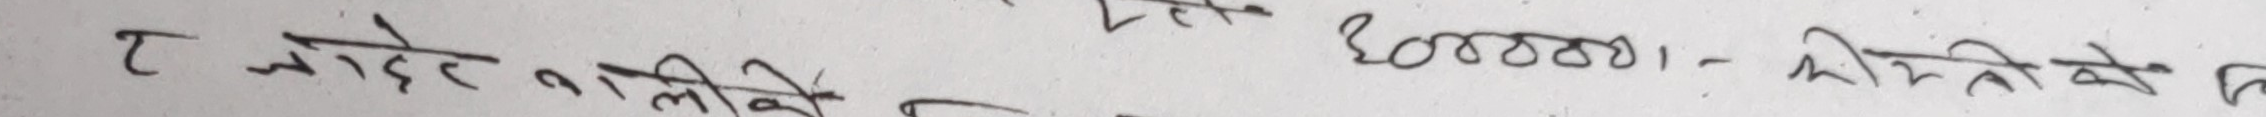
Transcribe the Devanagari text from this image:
२ जोड्रे नालीको टोकरा ६००००।- मिलेको क